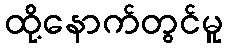
ထို့နောက်တွင်မူ